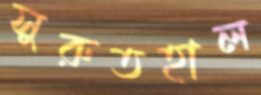
সুরুতহাল